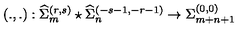
\left( . , . \right) : { \widehat \Sigma } _ { m } ^ { ( r , s ) } \star { \widehat \Sigma } _ { n } ^ { ( - s - 1 , - r - 1 ) } \rightarrow { \Sigma } _ { m + n + 1 } ^ { ( 0 , 0 ) }